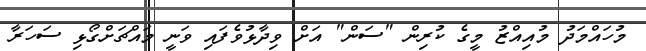
މުހައްމަދު މުއިއްޒު މީގެ ކުރިން "ސަން" އަށް ވިދާޅުވެފައި ވަނީ މައްޗަށްގޯޅި ސަހަރާ